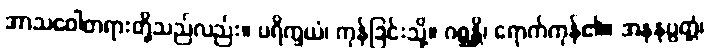
အာသဝေါတရားတို့သည်လည်း။ ပရိက္ခယံ၊ ကုန်ခြင်းသို့။ ဂစ္ဆန္တိ၊ ရောက်ကုန်၏။ အနနုပ္ပတ္တံ၊